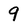
Character: 9